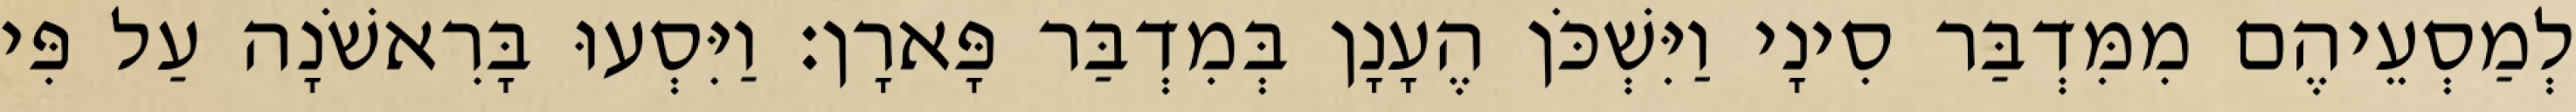
לְמַסְעֵיהֶם מִמִּדְבַּר סִינָי וַיִּשְׁכֹּן הֶעָנָן בְּמִדְבַּר פָּארָן׃ וַיִּסְעוּ בָּרִאשֹׁנָה עַל פִּי